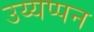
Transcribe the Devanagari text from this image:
उय्यप्पन